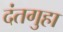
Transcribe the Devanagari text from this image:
दंतगुहा